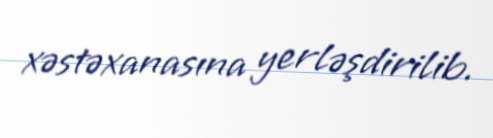
xəstəxanasına yerləşdirilib.